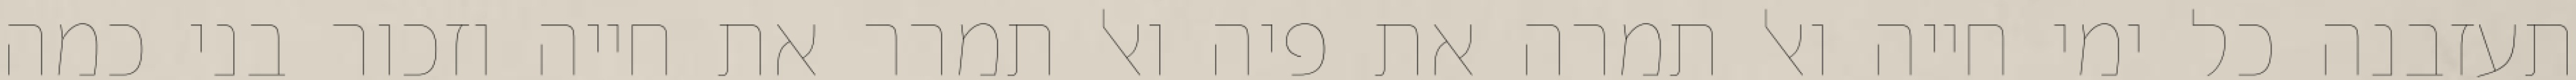
תעזבנה כל ימי חייה ואל תמרה את פיה ואל תמרר את חייה וזכור בני כמה